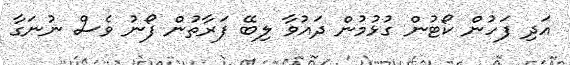
އަދި ފަހުން ކޯޓުން ގުޅުމުން ދައުވާ ލިބޭ ފަރާތުން ފޯނު ވެސް ނުނަގާ